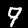
Digit: 9